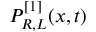
P _ { R , L } ^ { [ 1 ] } ( x , t )